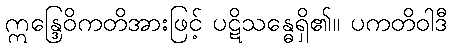
ဣန္ဒြေဝိကတိအားဖြင့် ပဋိသန္ဓေရှိ၏။ ပကတိဝါဒီ